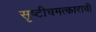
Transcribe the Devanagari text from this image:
सृष्टीचमत्काराची